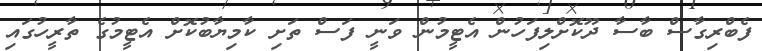
ފެބްރިގާސް ބާސާ ދޫކޮށްލިފަހުން އެޓީމުން ވަނީ ފަސް ތަށި ކާމިޔާބުކޮށް އެޓީމުގެ ތާރީހުގައި